Election expenses, 1922, 1922
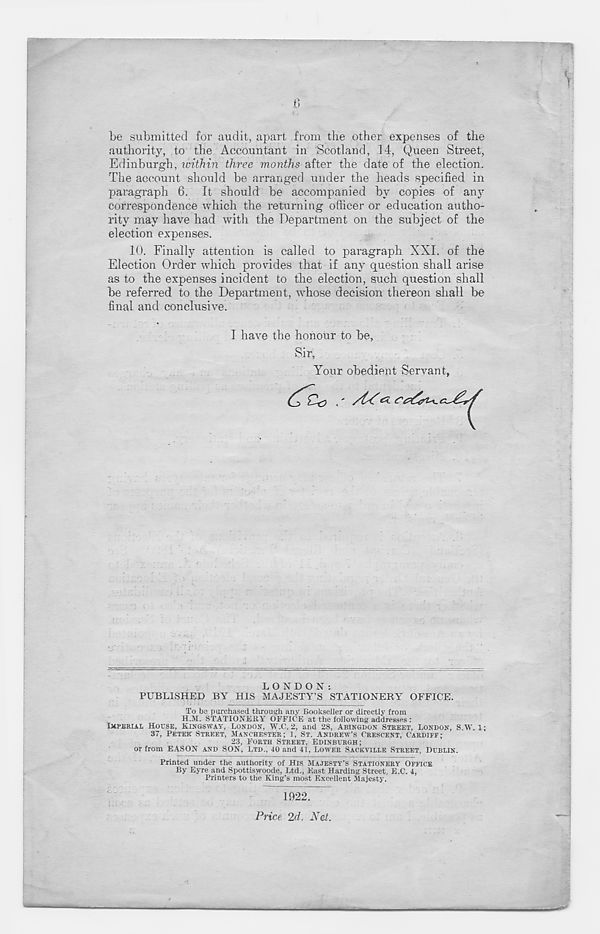
0
be submitted for audit, apart from the other expenses of the
authority, to the Accountant in Scotland, 14, Queen Street,
Edinburgh, within three months after the date of the election.
The account should be arranged under the heads specified in
paragraph 6. It should be accompanied by copies of any
correspondence which the returning officer or education autho-
rity may have had with the Department on the subject of the
election expenses.
10. Finally attention is called to paragraph XXL of the
Election Order which provides that if any question shall arise
as to the expenses incident to the election, such question shall
be referred to the Department, whose decision thereon shall be
final and conclusive.
I have the honour to be,
Sir,
Your obedient Servant,
LONDON:
PUBLISHED BY HIS MAJESTY’S STATIONERY OFFICE.
To bs purchased through any Bookseller or directly from
H.M. STATIONEitY OFFICE at the following addresses :
IXPERIAL HOUSE, KINGSWAY, LONDON, W.C. 2, and 28, ABINGDON STREET, LONDON, s w. 1;
37, PETER STREET, MANCHESTER; 1, ST. ANDREW’S CRESCENT, CARDIFF;
23, FORTH STREET, EDINBURGH;
or from EASON AND SON, LTD., 40 and 41, LOWER SACKVILLE STREET, DUBLIN.
Printed under the authority of His MAJESTY’S STATIONERY OFFICE
By Eyre and Spottiswoode, Ltd., East Harding Street, E.C. 4,
Printers to the King’s most Excellent Majesty.
1922.
Price 2d. Net.